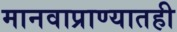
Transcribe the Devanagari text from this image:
मानवाप्राण्यातही